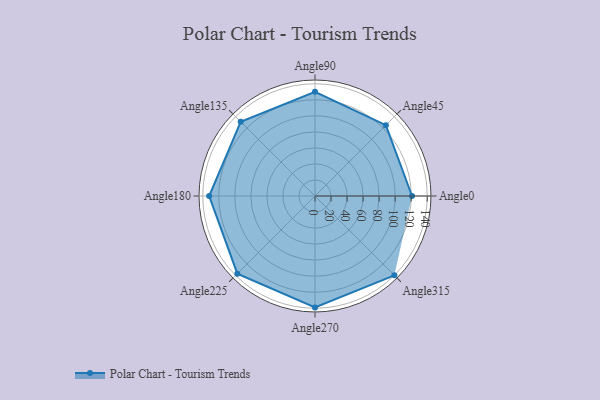
{"axis": {"x": "Angle", "y": "Radius"}, "legend": [""], "data": [{"x": "Angle0", "y": 121.0, "type": ""}, {"x": "Angle45", "y": 125.0, "type": ""}, {"x": "Angle90", "y": 130.0, "type": ""}, {"x": "Angle135", "y": 131.0, "type": ""}, {"x": "Angle180", "y": 132.0, "type": ""}, {"x": "Angle225", "y": 137.0, "type": ""}, {"x": "Angle270", "y": 139.0, "type": ""}, {"x": "Angle315", "y": 140.0, "type": ""}]}